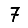
Digit: 7